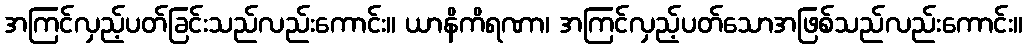
အကြင်လှည့်ပတ်ခြင်းသည်လည်းကောင်း။ ယာနိကိရဏာ၊ အကြင်လှည့်ပတ်သောအဖြစ်သည်လည်းကောင်း။